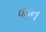
જન